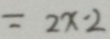
= 2 x - 2